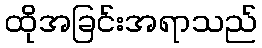
ထိုအခြင်းအရာသည်